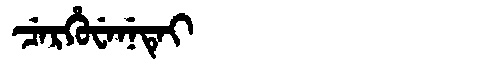
Manchu: ᠴᡝᡵᡥᡠᠸᡝᠨᡝᡨᡝᡳ
Romanization: CERHUWENETEI